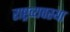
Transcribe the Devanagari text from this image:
राष्ट्रव्यवस्था